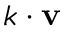
k \cdot \mathbf { v }